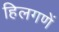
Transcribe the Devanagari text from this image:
हिलगणें